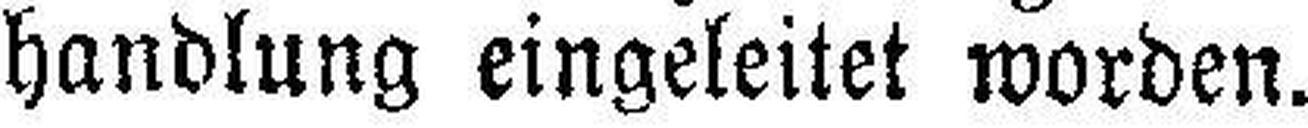
handlung eingeleitet worden.